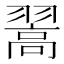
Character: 翯